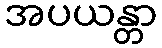
အပယန္တာ